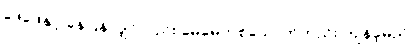
ဖေဖေနှင့် နေပြန်လျှင်လည်း မေမေတစ်ယောက်တည်း ကျန်ခဲ့မည်။